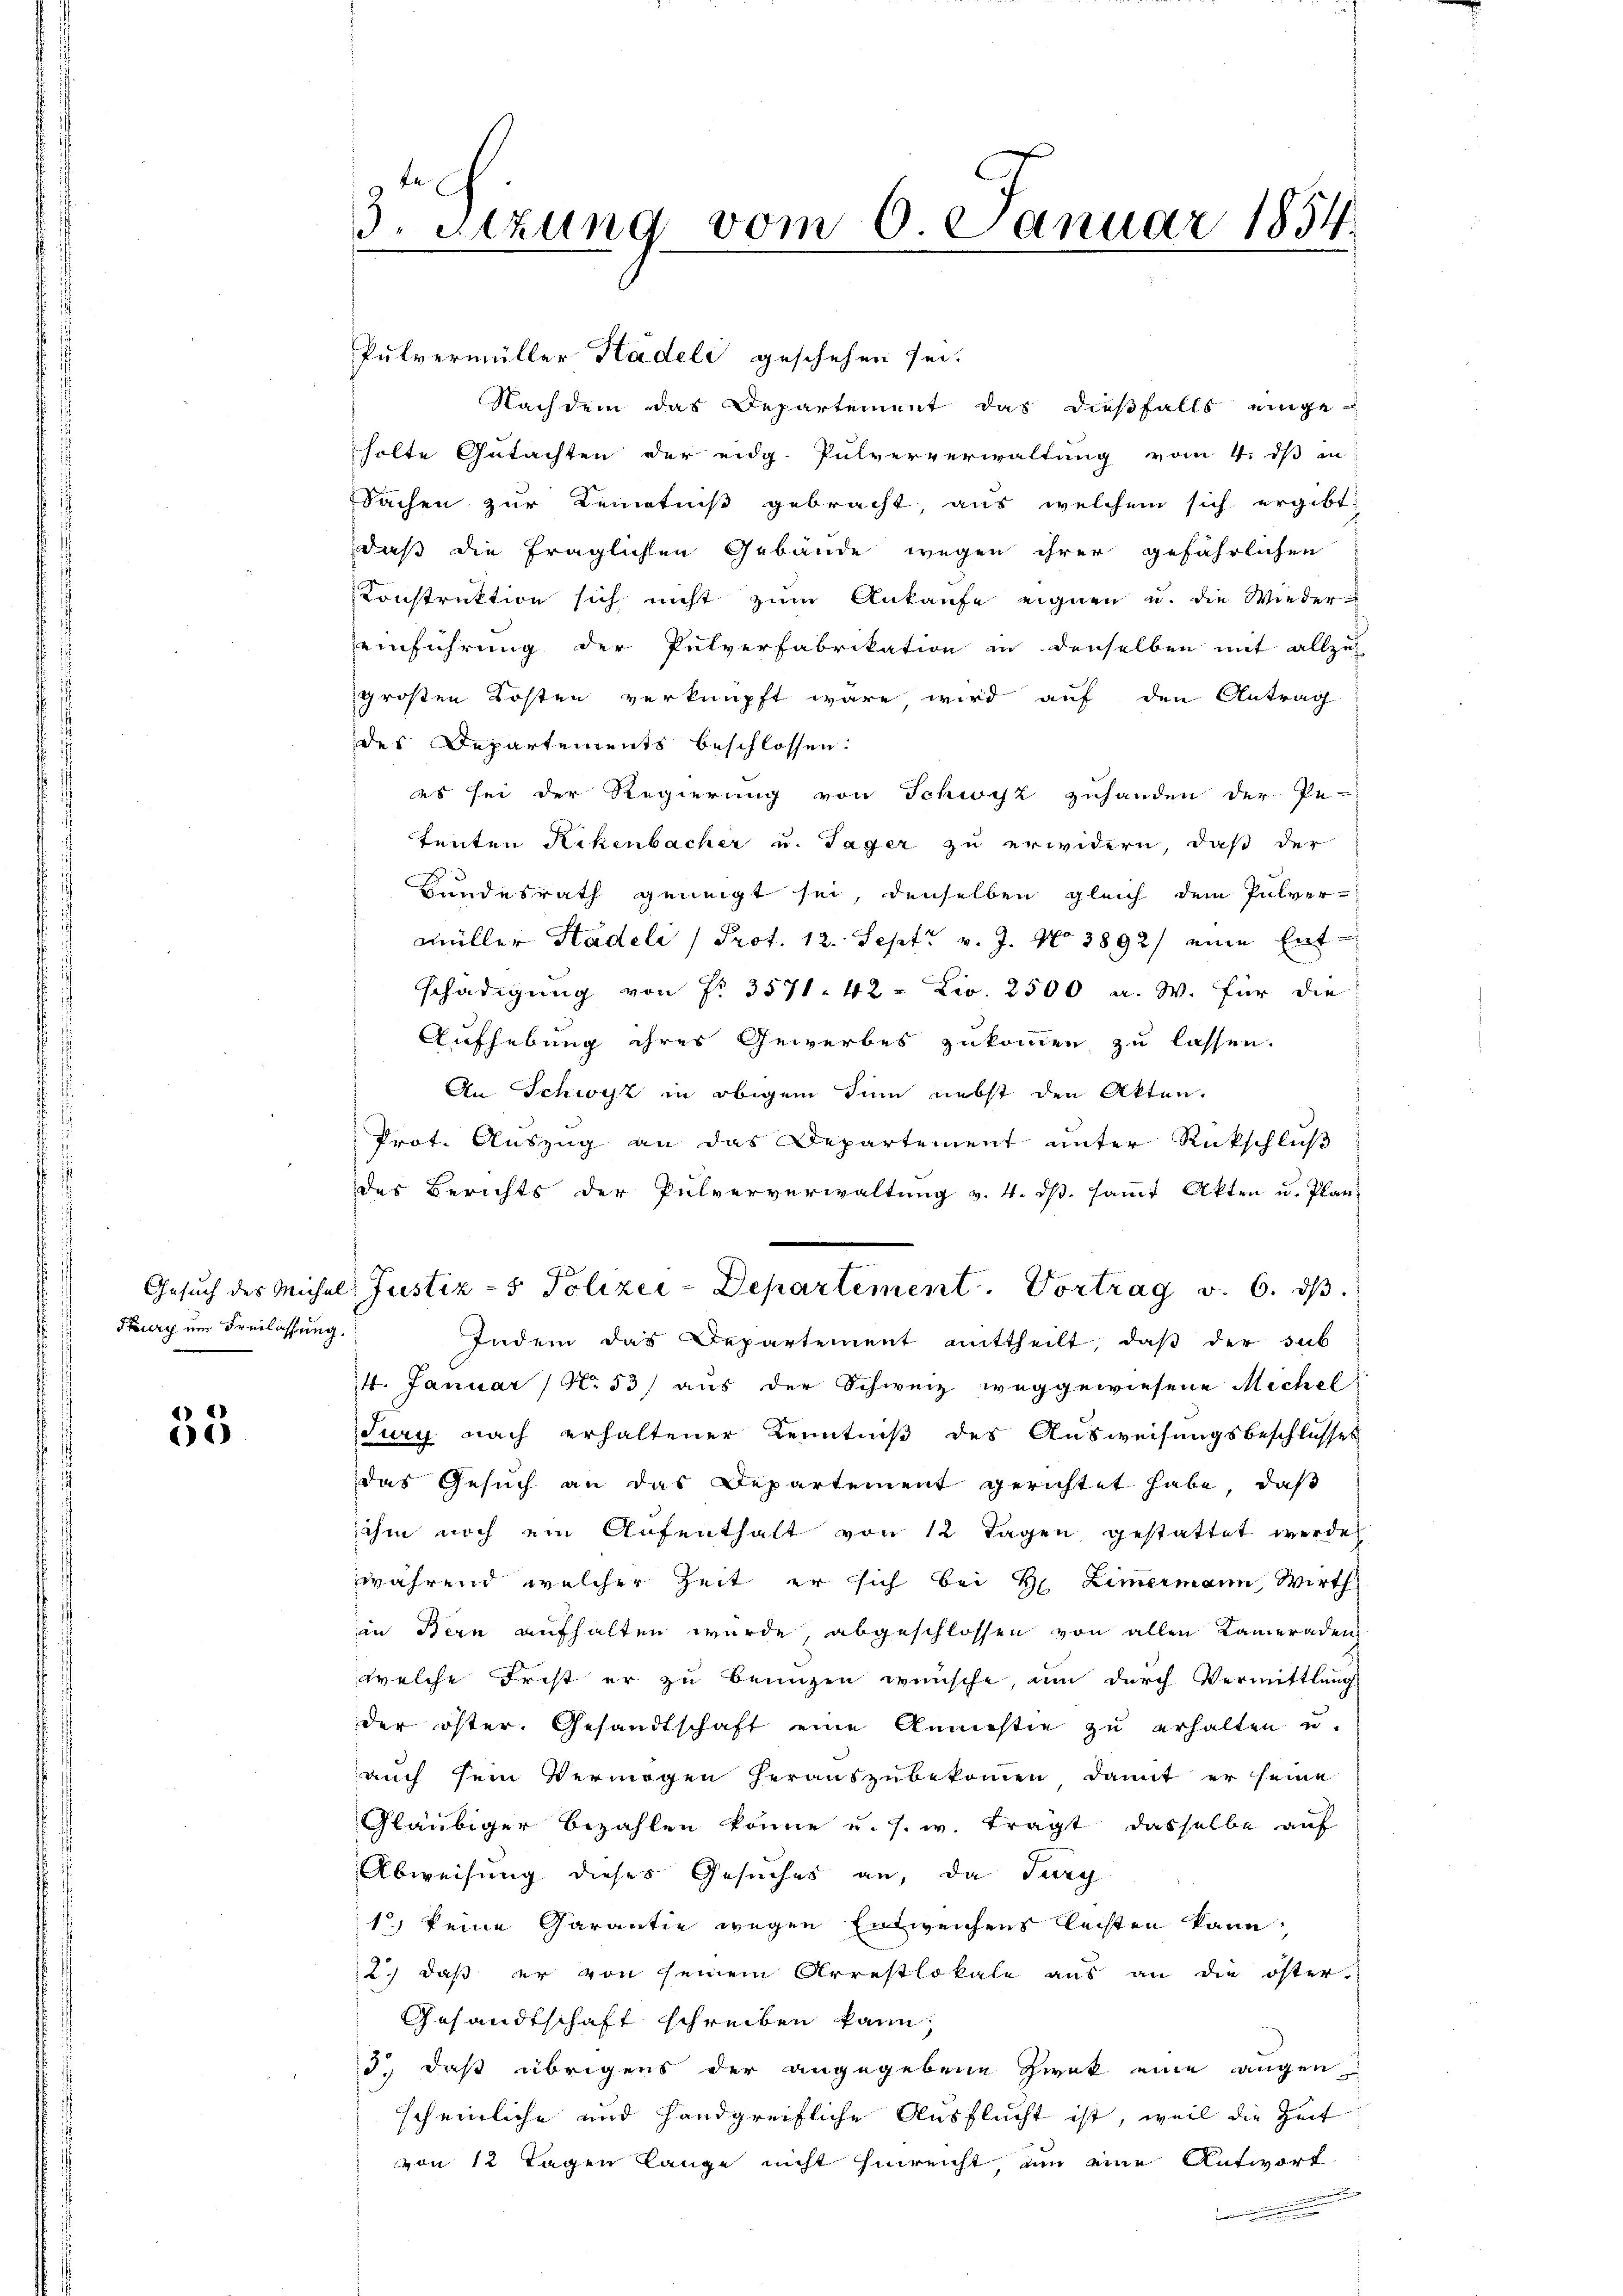
Pury um Freilassung.

)
e

3. sizung vom 6. Januar 1854

Nachdem das Departement das dießfalls eingeholte Gutachten der eidg. Pulververwaltung vom 4. dß in
Sachen zur Kenntniß gebracht, aus welchem sich ergibt:
daß die fraglichen Gebäude wegen ihrer gefährlichen
Konstruktion sich nicht zum Ankaufe eignen u. die Wieder-
einführung der Pulverfabrikation in denselben mit allzu
großen Kosten verknüpft wäre wird auf den Antrag
des Departements beschlossen:
es sei der Regierung von Schwyz zuhanden der Pe-
Tenten Rikenbacher u. Tager zu erwidern, daß der
Bundesrath geneigt sei, denselben gleich dem Pulver-
müller Stadeli (Prot. 12. Sept v. J. No 3892/ eine Ent-
schädigung von Nr. 3571. 42 - Liv. 2500 a. W. für die
Aufhebung ihres Gewerbes zukommen zu lassen.
An Schwyz in obigem Sinn nebst den Akten.
Prot. Aŭszŭg an das Departement ŭnter Rückschlŭβ
des Berichts der Pulververwaltung v. 4. ds. sammt Akten u. Plan
Indem das Departement mittheilt, daβ der sub
14. Januar (N. 53 aus der Schweiz weggewiesene Michel
Jury nach erhaltener Kenntniß des Ausweisungsbeschlusses
das Gesuch an das Departement gerichtet habe, daß
ihm noch ein Aufenthalt von 12 Tagen gestattet werde
während, welcher Zeit er sich bei H. Zimermann, Wirth
in Bern aufhalten wurde abgeschlossen von allen Kameraden
welche Frist er zu benuzen wünsche, um durch Vermittlung
der öster. Gesandtschaft eine Anniestie zu erhalten u.
auch sein Vermögen herauszubekommen, damit er seine
Gläubiger bezahlen könne u. s. w. trägt dasselbe auf
Abweisung dieses Gesuches an, da Jury
1) keine Garantie wegen Entweichens flechten kann,
2.) daß er von seinem Arrestlokale aus an die öster-
Gesandtschaft schreiben kann;
3., daß übrigens der angegebene Zwek eine augen
scheinliche und handgreifliche Ausflucht ist, weil die Zeit
von 12 Tagen lange nicht hinreicht, um eine Antwort

Pulvermüller Stadeli geschehen sei.

Gesuch des Michel Justiz- & Polizei-Departement. Vortrag v. 6. ds.